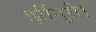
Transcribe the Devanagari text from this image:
झींगुरी।